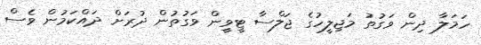
ހަމަލާ ދިން ވަގުތު މަޖިލީހުގެ ޖަލްސާ ޓީވީން ވަގުތުން ދުރަށް ދައްކަމުން ވެސް